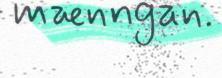
mænngan.